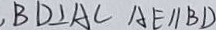
, B D \bot A C A E / / B D